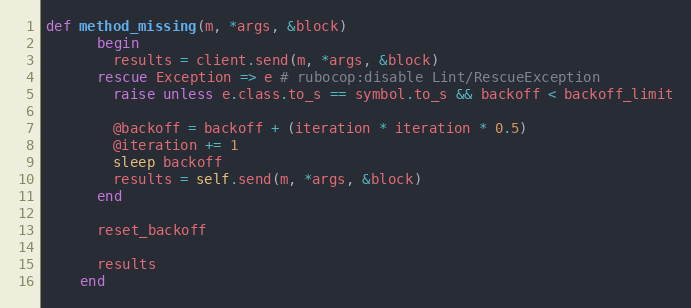
Language: Ruby
def method_missing(m, *args, &block)
      begin
        results = client.send(m, *args, &block)
      rescue Exception => e # rubocop:disable Lint/RescueException
        raise unless e.class.to_s == symbol.to_s && backoff < backoff_limit

        @backoff = backoff + (iteration * iteration * 0.5)
        @iteration += 1
        sleep backoff
        results = self.send(m, *args, &block)
      end

      reset_backoff

      results
    end